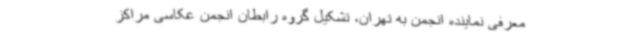
معرفی نماینده انجمن به تهران، تشکیل گروه رابطان انجمن عکاسی مراکز